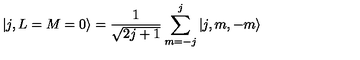
\vert j , L = M = 0 \rangle = { \frac { 1 } { \sqrt { 2 j + 1 } } } \sum _ { m = - j } ^ { j } \vert j , m , - m \rangle